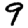
Digit: 9